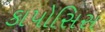
કાપોસિસ